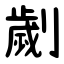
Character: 劌